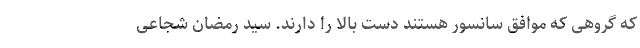
که گروهی که موافق سانسور هستند دست بالا را دارند. سید رمضان شجاعی